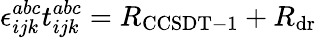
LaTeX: \epsilon_{ijk}^{abc}t_{ijk}^{abc}=R_{\mathrm{CCSDT-1}}+R_{\mathrm{dr}}